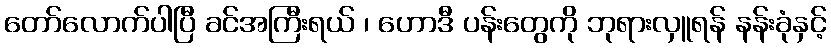
တော်လောက်ပါပြီ ခင်အကြီးရယ် ၊ ဟောဒီ ပန်းတွေကို ဘုရားလှူရန် နန်းခုံနှင့်